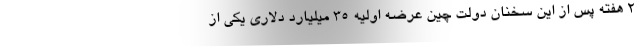
2 هفته پس از این سخنان دولت چین عرضه اولیه 35 میلیارد دلاری یکی از